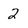
Character: 2